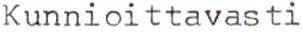
Kunnioittavasti